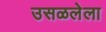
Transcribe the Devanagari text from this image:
उसळलेला